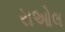
રાઓલ